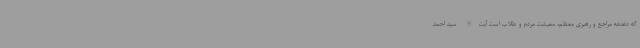
که دغدغه مراجع و رهبری معظم، معیشت مردم و طلاب است آیت‌الله سید احمد